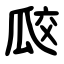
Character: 㼎